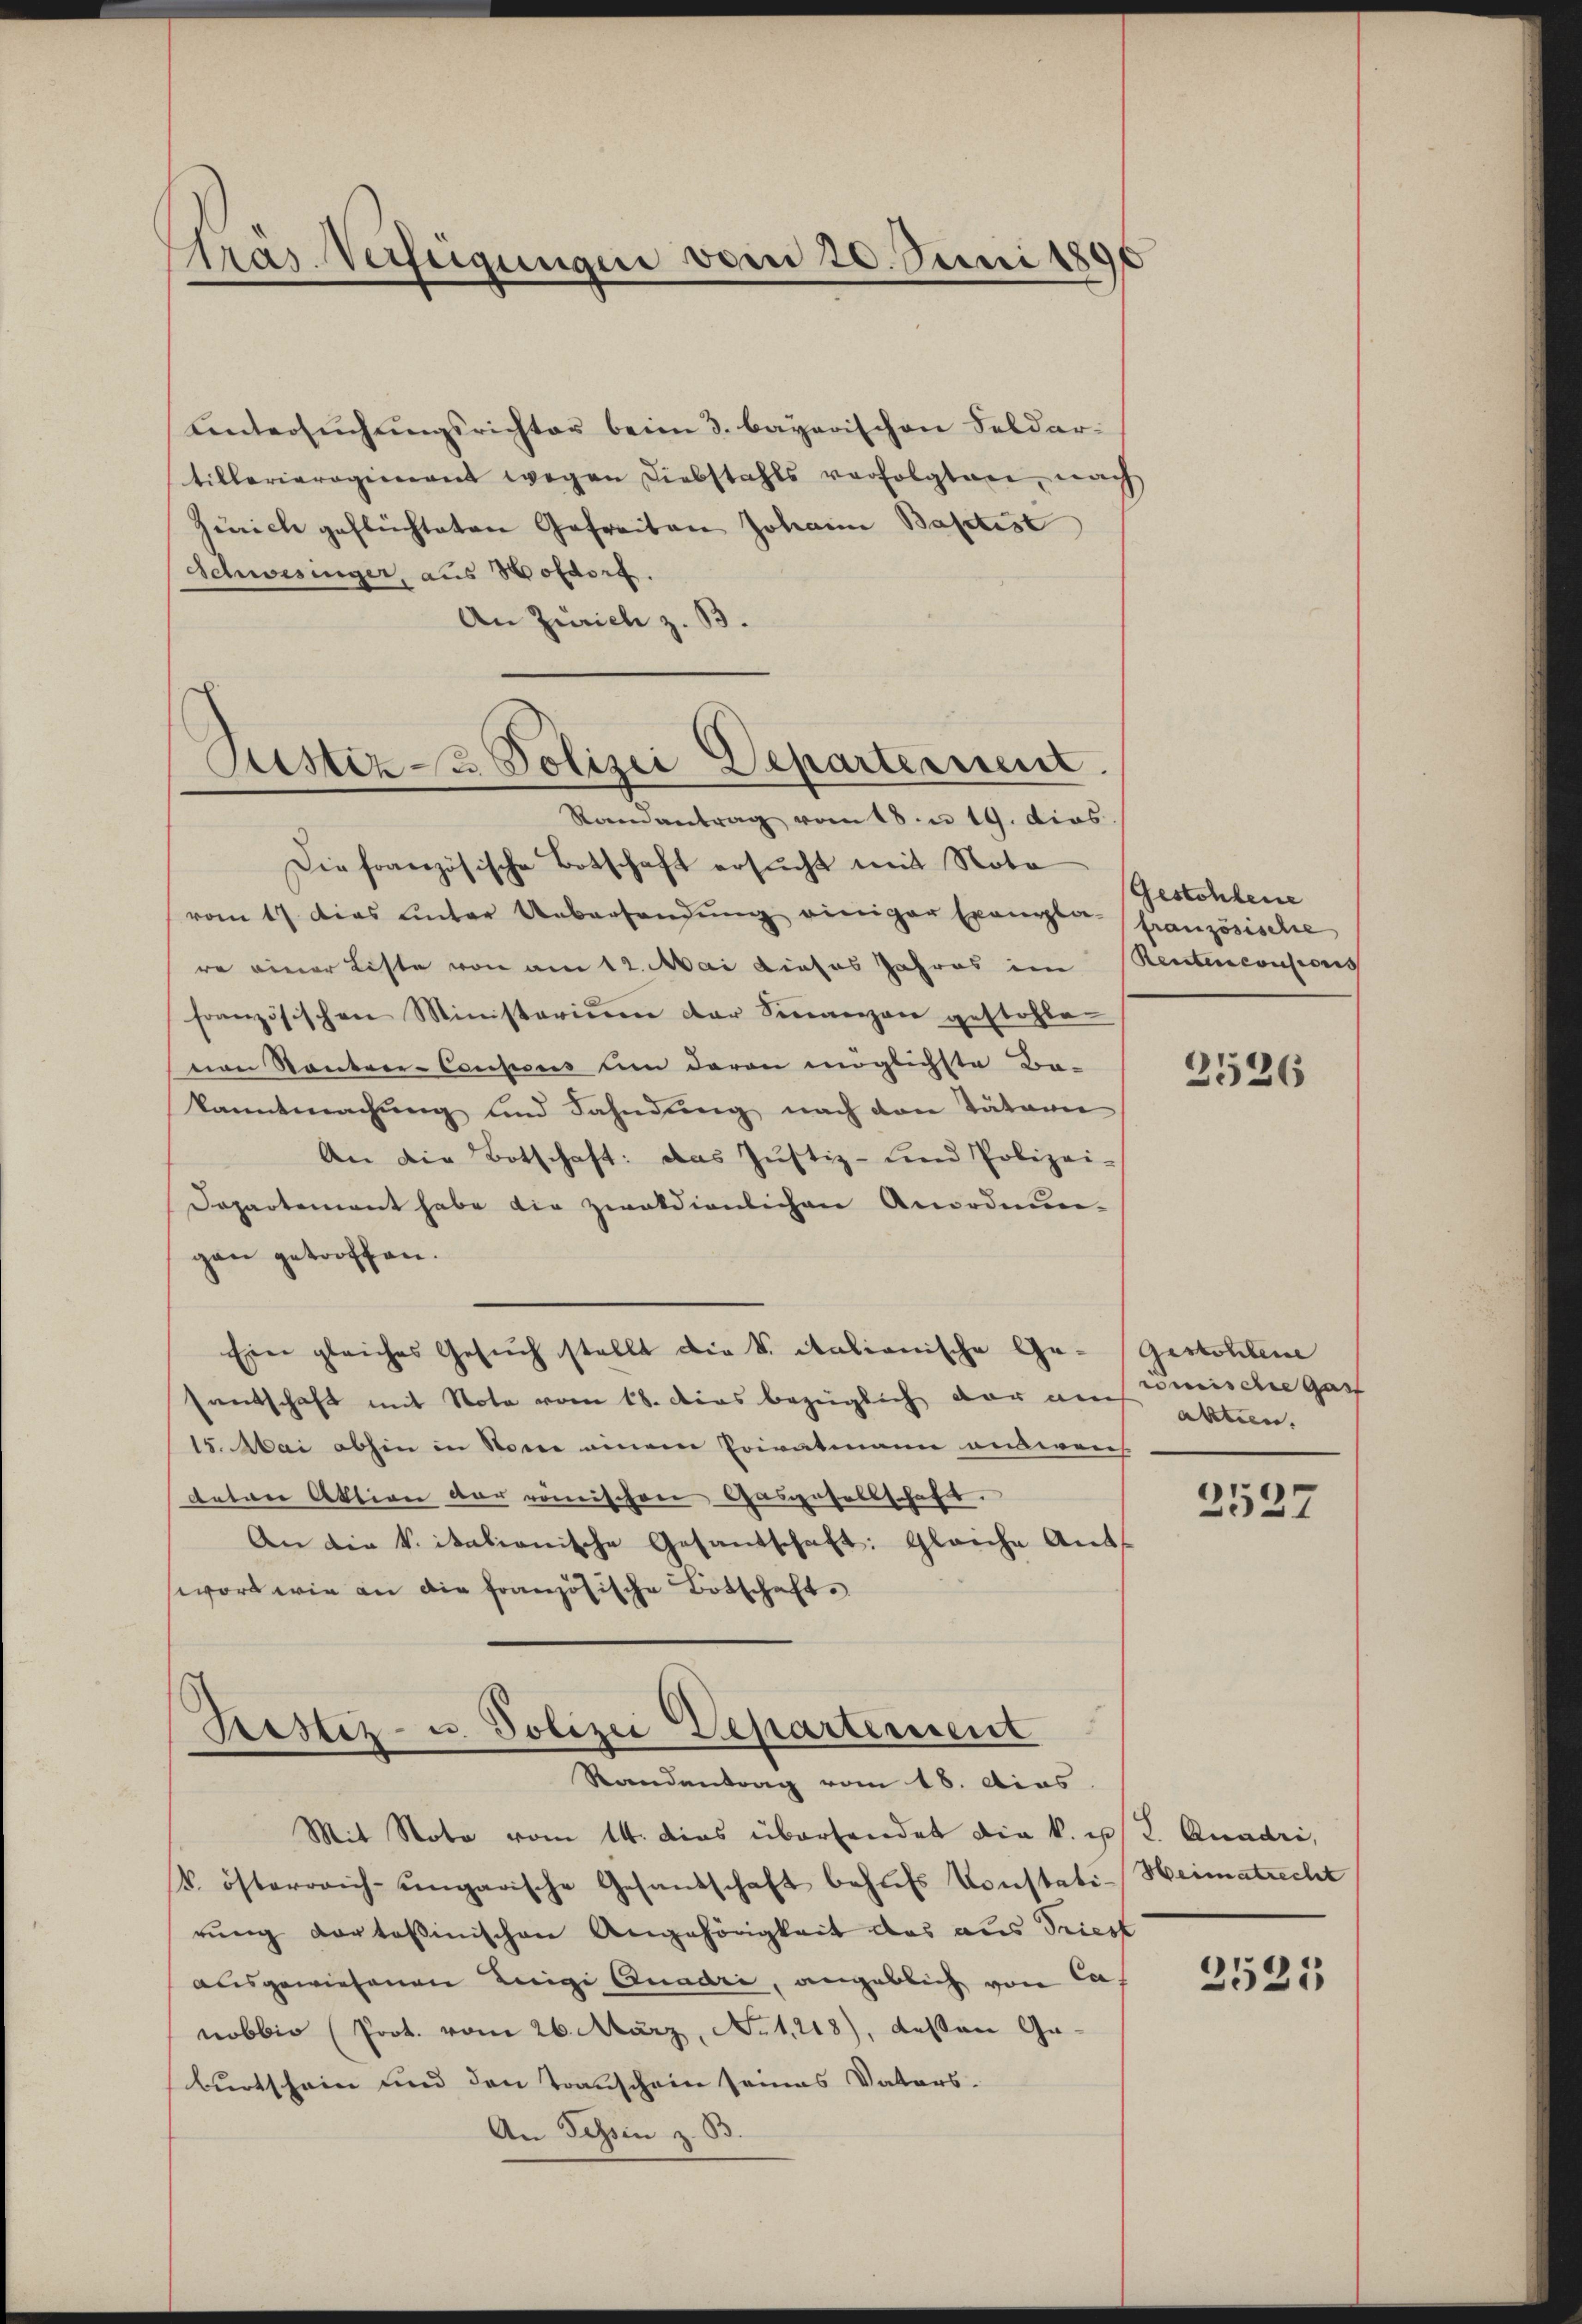
Pras. Verfügungen vom 20. Juni 189

Untersuchungsrichter beim 3. bayerischen Feldartillarieregiment wegen Liebstahls verfolgtere, nach
Zürich geflüchteten Gefreiten Johann Baptist
Schwesinger, aus Hofdorf.
An Zürich z. B.
Randantrag vom 18. u 19. dies
Die französische Botschaft ersucht mit Nota
vom 17 dies ŭnter Uebersendŭng einiger Evangen französische
re einer Liste von am 12. Mai dieses Jahres im
französischen Ministerium der Sinanzen gestohle
von Kontrer-Coupons um daran möglichste Ba-
kanntmachung und Fahndung nach den Täterie
An die Botschaft: das Justiz- und Polizei-
Departement habe die zwaldienlichen Anordnungan getroffen.
Ein gleiches Gesuch stellt die S. italianische Gesantschaft mit Note vom 18. dies bezüglich der aus mische Gart
15. Mai abhin in Sonne einem Privatmann ausweich
eeter Aktion der römischen Gasgesellschaft.
An die Vitalianische Gesandschaft: Gleiche Ant-
wort wie an die französische Botschaft.
Prestiz- u. Polizei Departement
Randantrag vom 18. Aias.
Mit Note vom 14. dies übersendet die k. u. R. Quadri,
k. österreich-ungarische Gesandschaft behŭfs Constati-Heimatrecht
rung dortoßinischen Angehörigkeit das aus Triest
ausgewiesenen Leige Quadri, angeblich von Cas
nobbio (Prot. vom 26. März, No 1218), dessen Ge-
burtschein und den Transchein seines Vaters-
An Tessin z. B.

Sistiz- & Polizei Departeissent.

Gestohlene
Rentenevisionis

2526

Gestohlene
aktien.

2527

2521